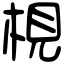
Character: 梘